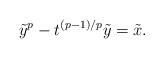
LaTeX: \begin{align*} \tilde{y}^p - t^{(p-1)/p} \tilde{y} = \tilde{x}.\end{align*}